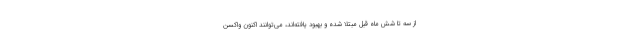
از سه تا شش ماه قبل مبتلا شده و بهبود یافته‌اند، می‌توانند اکنون واکسن